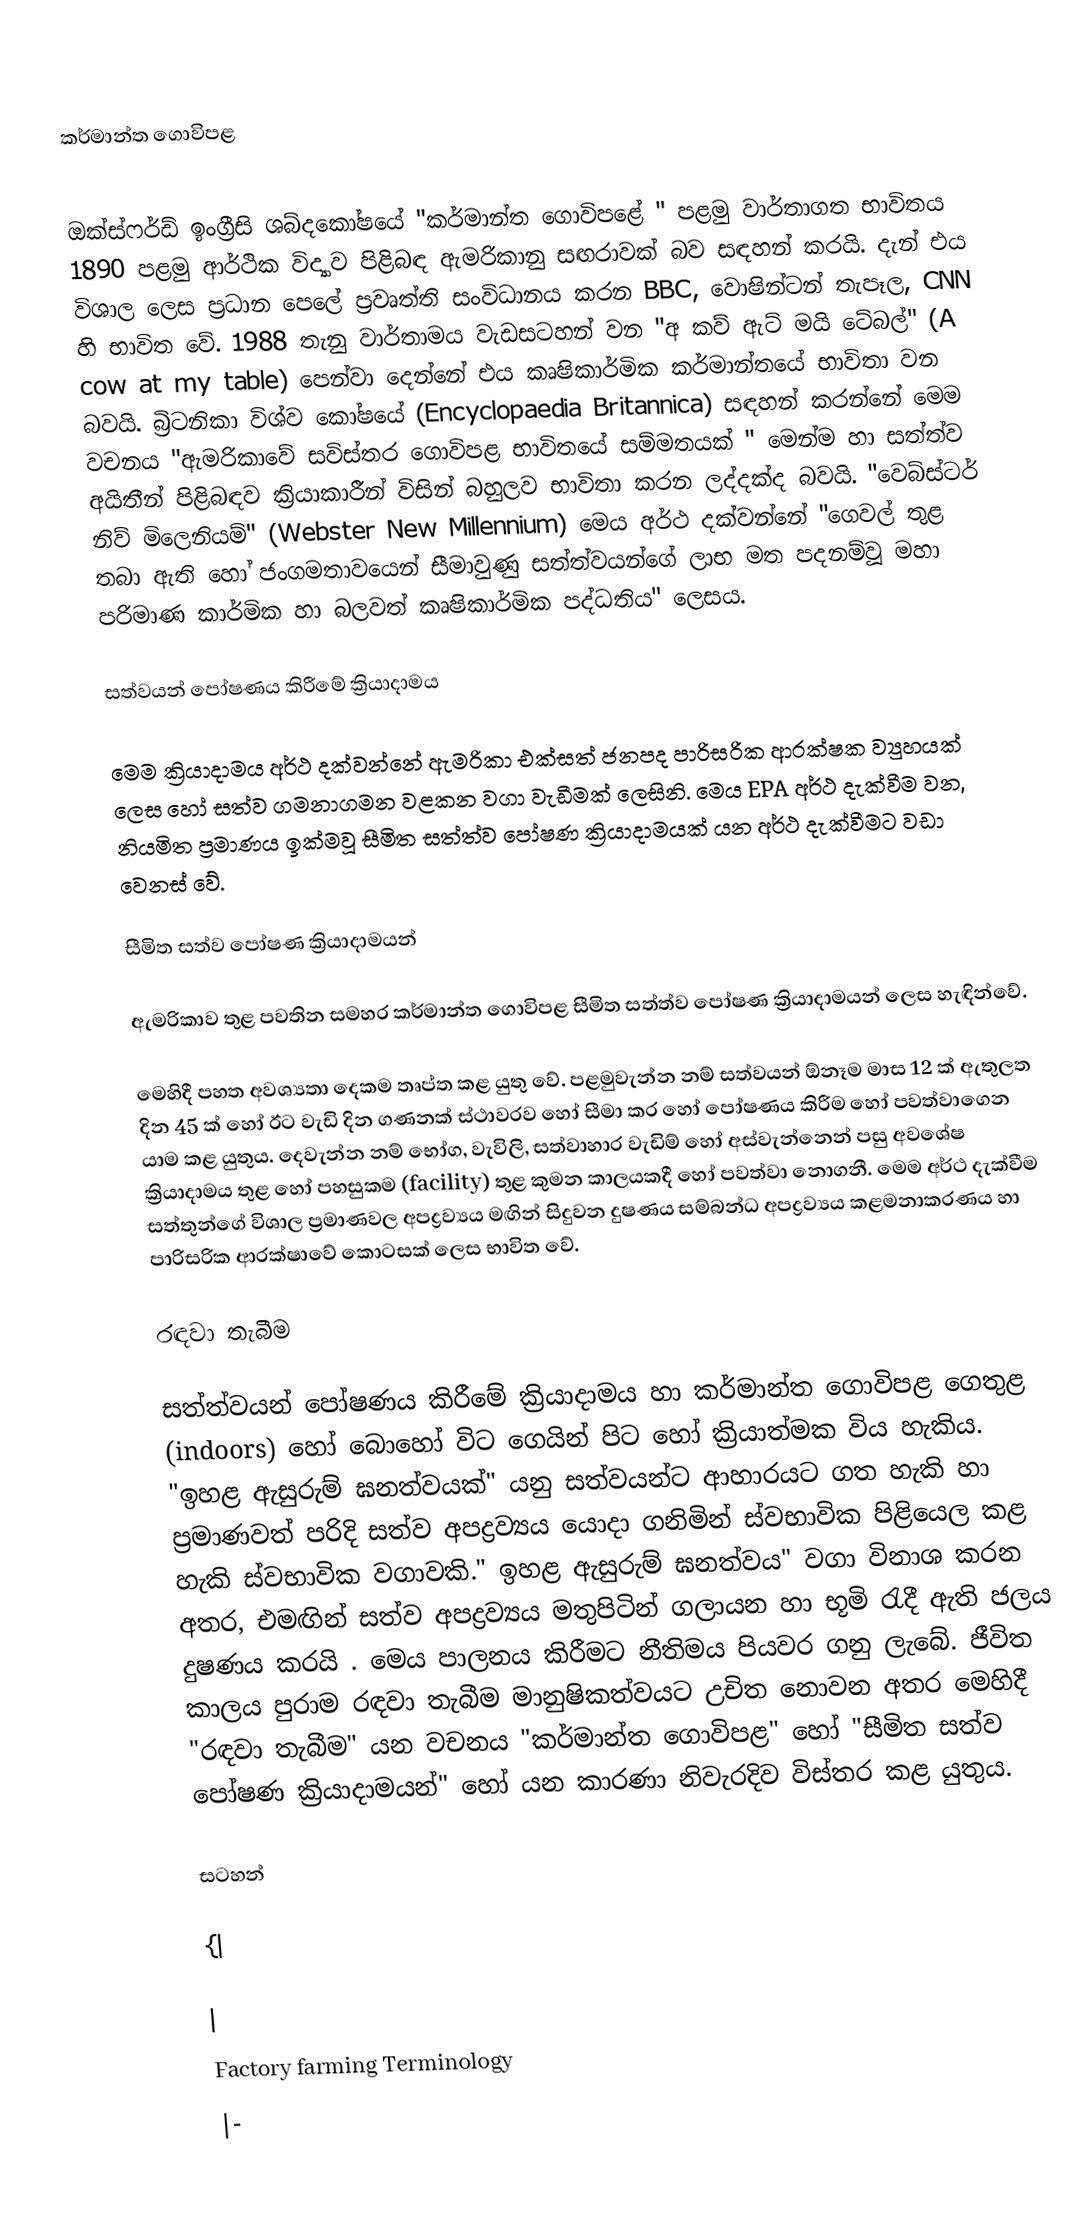

කර්මාන්ත ගොවිපළ

ඔක්ස්ෆර්ඩ් ඉංග්‍රීසි ශබ්දකෝෂයේ "කර්මාන්ත ගොවිපළේ " පළමු වාර්තාගත භාවිතය 1890 පළමු ආර්ථික විද්‍යාව පිළිබඳ ඇමරිකානු සඟරාවක් බව සඳහන් කරයි. දැන් එය විශාල ලෙස ප්‍රධාන ‍පෙලේ ප්‍රවෘත්ති සංවිධානය කරන BBC, වොෂින්ටන් තැපෑල, CNN හි භාවිත වේ. 1988 තැනු වාර්තාමය වැඩසටහන් වන "අ කව් ඇට් මයි ටේබල්" (A cow at my table) පෙන්වා දෙන්නේ එය කෘෂිකාර්මික කර්මාන්තයේ භාවිතා වන බවයි. බ්‍රිටනිකා විශ්ව කෝෂයේ (Encyclopaedia Britannica) සඳහන් කරන්නේ මෙම වචනය "ඇමරිකාවේ සවිස්තර ගොවිපළ භාවිතයේ සම්මතයක් " මෙන්ම හා සත්ත්ව අයිතීන් පිළිබඳව ක්‍රියාකාරීන් විසින් බහුලව භාවිතා කරන ලද්දක්ද බවයි. "වෙබ්ස්ටර් නිව් මිලෙනියම්" (Webster New Millennium) මෙය අර්ථ දක්වන්නේ "ගෙවල් තුළ තබා ඇති හෝ ජංගමතාවයෙන් සීමාවුණු සත්ත්වයන්ගේ ලාභ මත පදනම්වූ මහා පරිමාණ කාර්මික හා බලවත් කෘෂිකාර්මික පද්ධතිය" ලෙසය.

සත්වයන් පෝෂණය කිරීමේ ක්‍රියාදාමය

මෙම ක්‍රියාදාමය අර්ථ දක්වන්නේ ඇමරිකා එක්සත් ජනපද පාරිසරික ආරක්ෂක ව්‍යුහයක් ලෙස හෝ සත්ව ගමනාගමන වළකන වගා වැඩීමක් ලෙසිනි. මෙය EPA අර්ථ දැක්වීම වන, නියමිත ප්‍රමාණය ඉක්මවූ සීමිත සත්ත්ව පෝෂණ ක්‍රියාදාමයක් යන අර්ථ දැක්වීමට වඩා වෙනස් වේ.

සීමිත සත්ව පෝෂණ ක්‍රියාදාමයන්

ඇමරිකාව තුළ පවතින සමහර කර්මාන්ත  ගොවිපළ සීමිත සත්ත්ව පෝෂණ ක්‍රියාදාමයන් ලෙස හැඳින්වේ.

මෙහිදී පහත අවශ්‍යතා දෙකම තෘප්ත කළ යුතු වේ. පළමුවැන්න නම් සත්වයන් ඕනෑම මාස 12 ක් ඇතුලත දින 45 ක් හෝ ඊට වැඩි දින ගණනක් ස්ථාවරව හෝ සීමා කර හෝ පෝෂණය කිරීම හෝ පවත්වාගෙන යාම කළ යුතුය. දෙවැන්න නම් භෝග, වැවිලි, සත්වාහාර වැඩිම් හෝ අස්වැන්නෙන් පසු අවශේෂ ක්‍රියාදාමය තුළ හෝ පහසුකම (facility) තුළ කුමන කාලයකදී හෝ පවත්වා නොගනී. මෙම අර්ථ දැක්වීම සත්තුන්ගේ විශාල ප්‍රමාණවල අපද්‍රව්‍යය මඟින් සිදුවන දුෂණය සම්බන්ධ අපද්‍රව්‍යය කළමනාකරණය හා පාරිසරික ආරක්ෂාවේ කොටසක් ලෙස භාවිත වේ.

රඳවා තැබීම

සත්ත්වයන් පෝෂණය කිරීමේ ක්‍රියාදාමය හා කර්මාන්ත ගොවිපළ ගෙතුළ (indoors) හෝ බොහෝ විට ගෙයින් පිට හෝ ක්‍රියාත්මක විය හැකිය. "ඉහළ ඇසුරුම් ඝනත්වයක්" යනු සත්වයන්ට ආහාරයට ගත හැකි හා ප්‍රමාණවත් පරිදි සත්ව අපද්‍රව්‍යය යොදා ගනිමින් ස්වභාවික පිළියෙල කළ හැකි ස්වභාවික වගාවකි." ඉහළ ඇසුරුම් ඝනත්වය" වගා විනාශ කරන අතර, එමඟින් සත්ව අපද්‍රව්‍යය මතුපිටින් ගලායන හා භූමි රැදී ඇති ජලය දුෂණය කරයි . මෙය පාලනය කිරීමට නීතිමය පියවර ගනු ලැබේ. ජීවිත කාලය පුරාම රඳවා තැබීම මානුෂිකත්වයට උචිත නොවන අතර මෙහිදී "රඳවා තැබීම" යන වචනය "කර්මාන්ත ගොවිපළ" හෝ "සීමිත සත්ව පෝෂණ ක්‍රියාදාමයන්" හෝ යන කාරණා නිවැරදිව විස්තර කළ යුතුය.

සටහන්

{|

|
Factory farming Terminology
|-